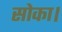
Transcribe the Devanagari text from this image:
सोका।